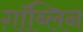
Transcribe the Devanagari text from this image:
ग़ॉब्लिन